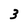
Character: 3